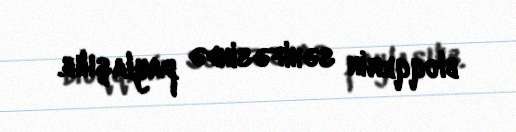
bloqqerin səhifəsində paylaşılıb.